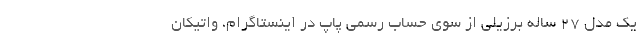
یک مدل 27 ساله برزیلی از سوی حساب رسمی پاپ در اینستاگرام، واتیکان